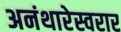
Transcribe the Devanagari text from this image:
अनंथारेस्वरार